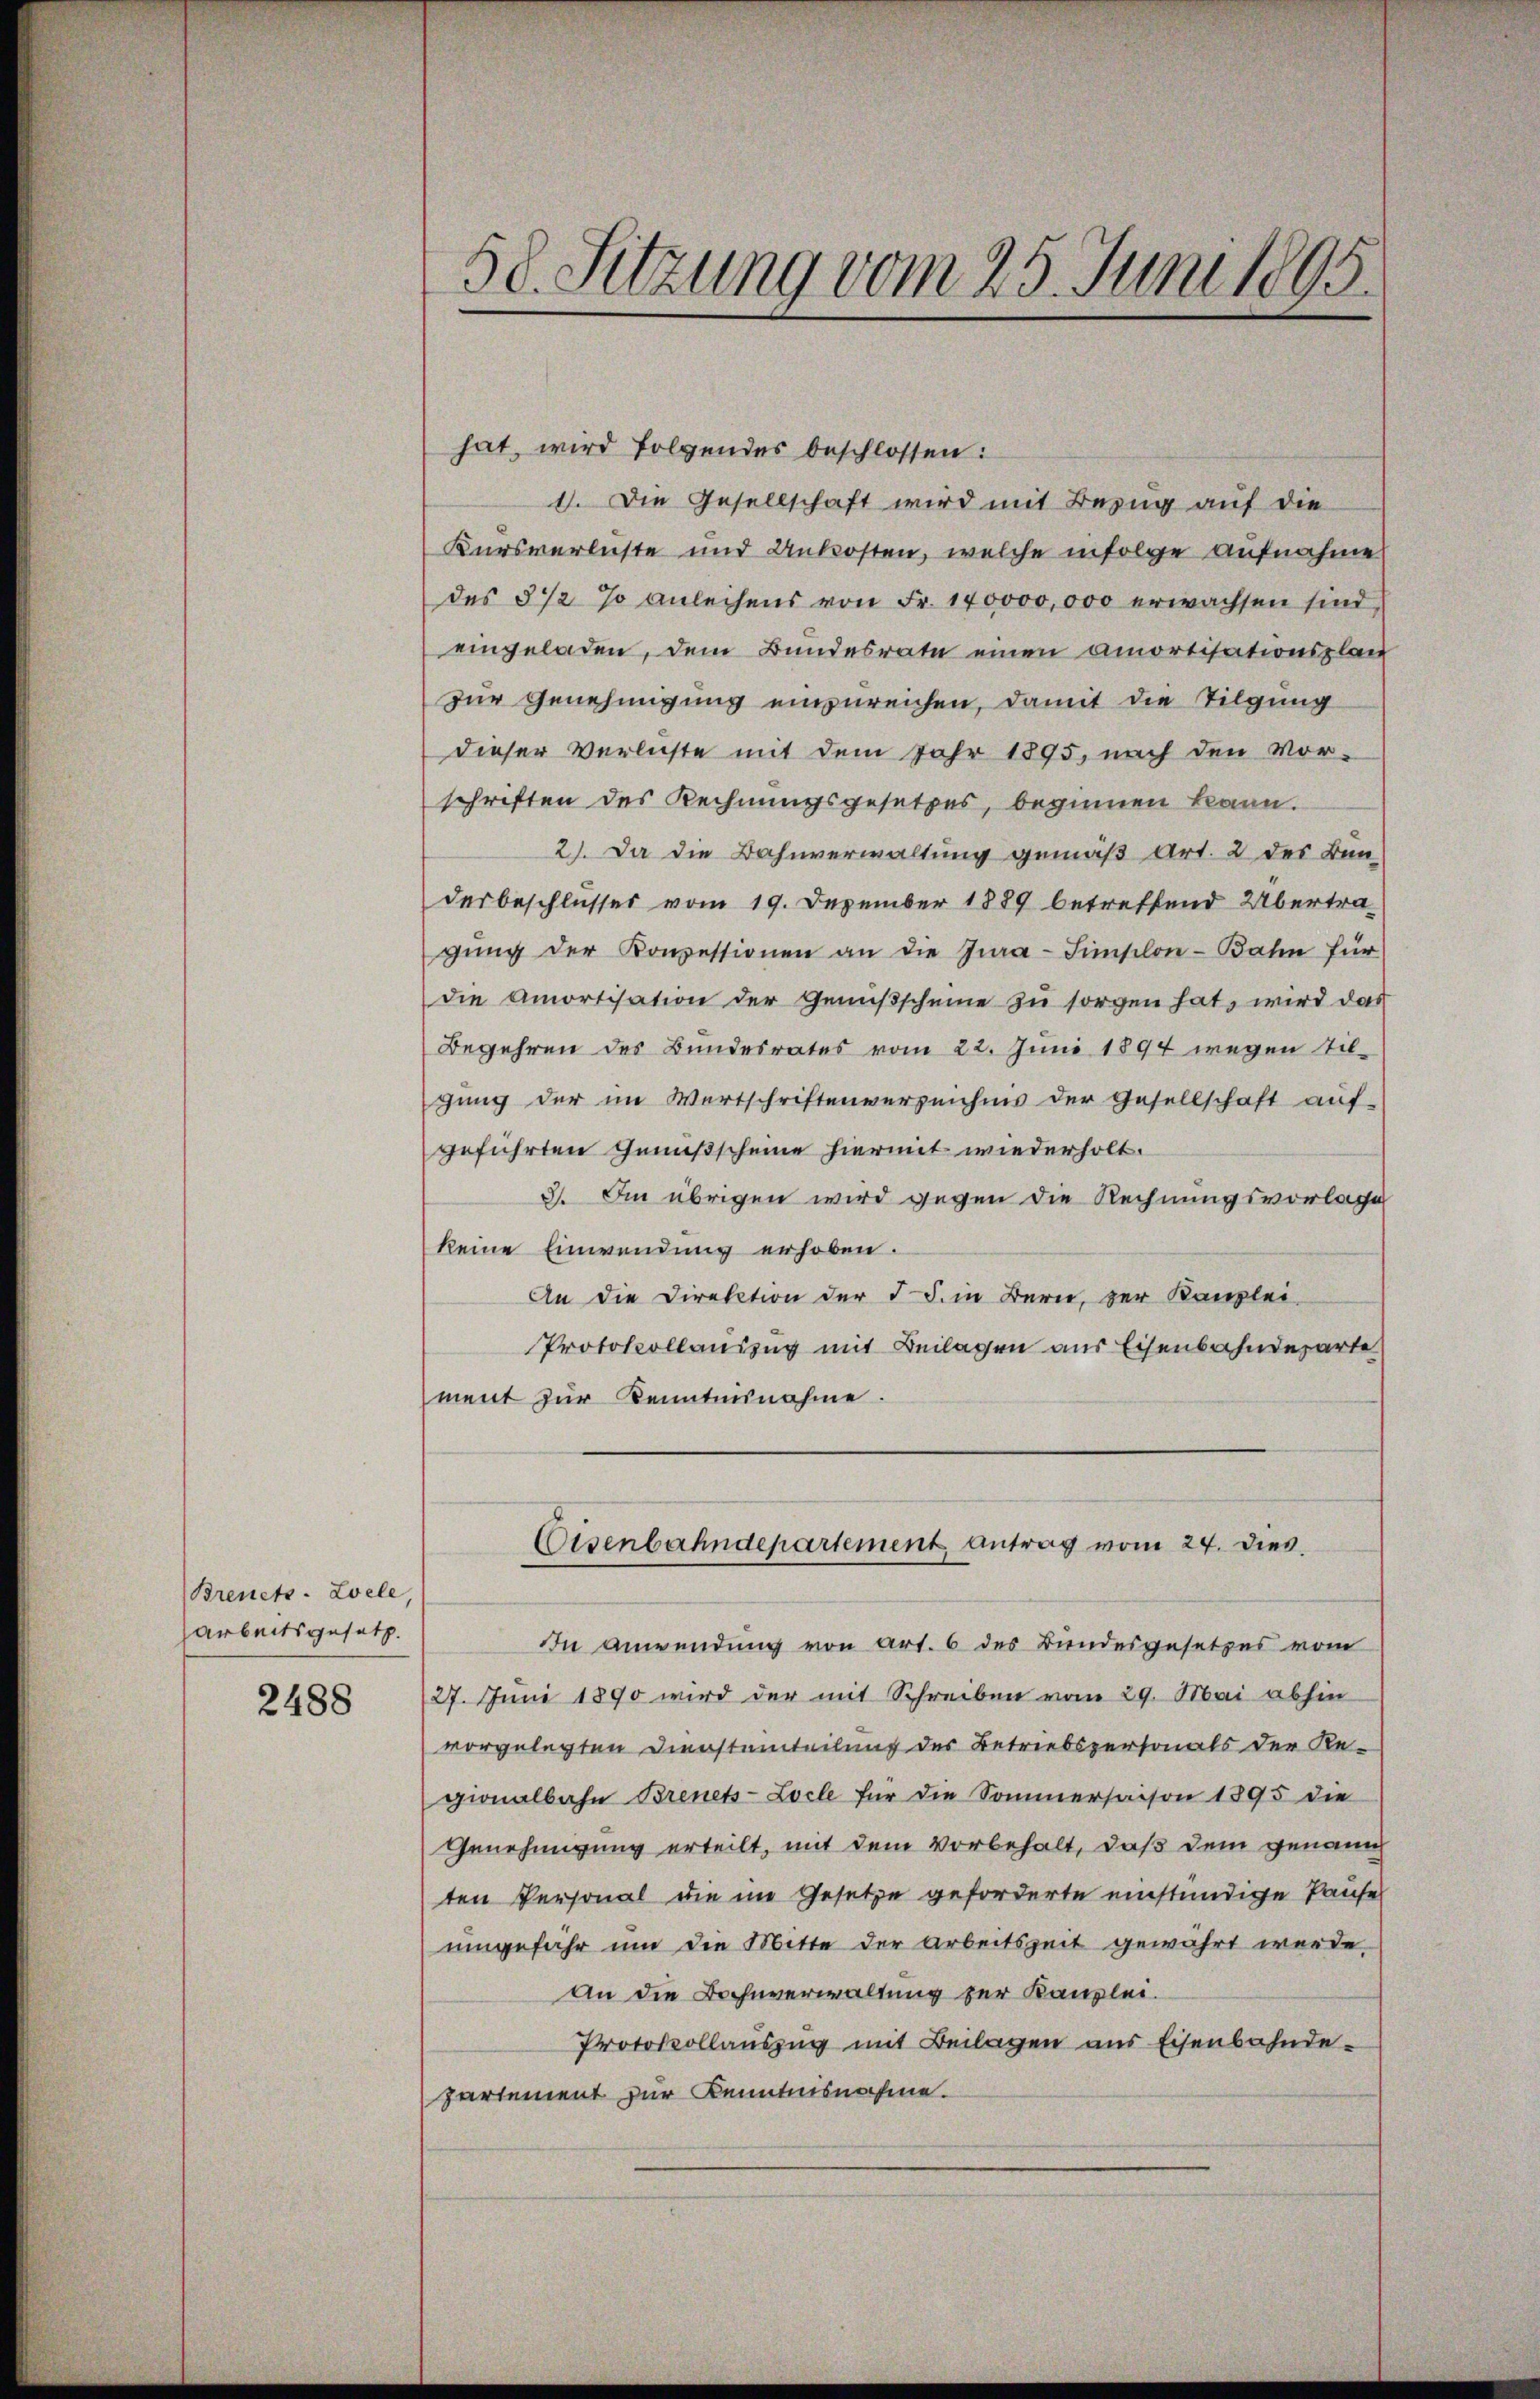
Breuet-Loele
Arbeitsgesetz

2488

hat, wird folgendes beschlossen:
1. Die Gesellschaft wird mit Bezug auf die
Kursverliste und Unkosten, welche infolge Aufnahme
des 3 1/2 % anleihens von Fr. 140000,000 erwachsen sind,
eingeladen, dem Bundesrate einen amortisationsplan
zur Genehmigung einzureichen, damit die Tilgung
dieser Verluste mit dem Jahr 1895, nach den Vor-
schriften des Rechnungsgesetzes, beginnen kann.
2). Da die Bahnverwaltung gemäß Art. 2 des Bun-
derbeschlusses vom 19. Dezember 1889 betreffend Übertragŭng der Konzessionen an die Jura-Simsilon-Bahn für
die Amortisation der Genißscheine zŭ sorgen hat, wird das
Begehren des Bundesrates vom 22. Juni 1894 wegen stil-
gung der im Wertschriftenverzeichnis der Gesellschaft auf-
geführten Genußscheine hiermit wiederholt.
3. Im übrigen wird gegen die Rechnungsvorlage
keine Einwendung erhoben.
An die Direktion der I S. in Bern, zur Kanzlei-
Protokollauszug mit Beilagen aus Eisenbahndeparte
ment zur Kenntnisnahme.
Eisenbahndepartement, antrag vom 24. dies
In Anwendung von Art. 6 des Bundesgesetzes vom
27. Juni 1890 wird der mit Schreiben vom 29. Mai abhin
vorgelegten Dienstainteilung des Betriebspersonals der Re-
gionalbahn Brenets-Locle für die Sommersaison 1895 die
Genehmigung erteilt, mit dem vorbehalt, daß dem genann
ten Personal die im Gesetze geforderte einständige Pause
umgefähr um die Mitte der Arbeitszeit gewährt werde.
An die Bahnverwaltung zur Kanzlei.
Protokollauszug mit Beilagen aus Eisenbahnde-
partement zur Kenntnisnahme.

58. Sitzung vom 25. Juni 1895